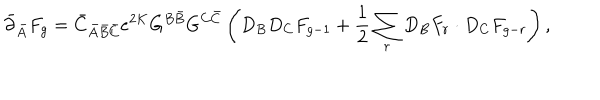
\bar { \partial } _ { \bar { A } } F _ { g } = \bar { C } _ { \bar { A } \bar { B } \bar { C } } e ^ { 2 K } G ^ { B \bar { B } } G ^ { C \bar { C } } \left( D _ { B } D _ { C } F _ { g - 1 } + \frac { 1 } { 2 } \sum _ { r } D _ { B } F _ { r } \cdot D _ { C } F _ { g - r } \right) ,